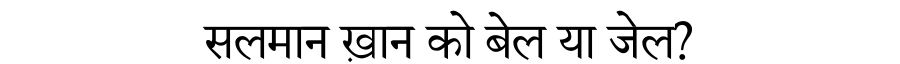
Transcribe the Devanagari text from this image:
सलमान ख़ान को बेल या जेल?